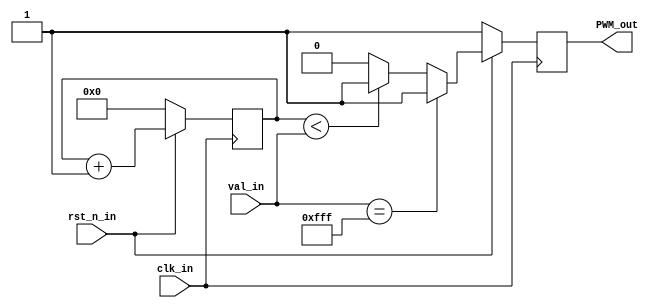
`timescale 1ns / 1ps
//////////////////////////////////////////////////////////////////////////////////
// Company: 
// Engineer: 
// 
// Design Name: 
// Module Name: PWM
// Project Name: 
// Target Devices: 
// Tool Versions: 
// Description: 
// 
// Dependencies: 
// 
// Revision:
// Revision 0.01 - File Created
// Additional Comments:
// 
//////////////////////////////////////////////////////////////////////////////////


module PWM(
    input clk_in,
    input rst_n_in,
    input [11:0] val_in,
    output reg PWM_out
    );
    
    reg [11:0] counter = 0;

    
    always@ (posedge clk_in)
    begin
        if (rst_n_in == 1'b0)
        begin
            PWM_out = 1'b1;
            counter = 0;
        end
        else
        begin   
            if(val_in == 12'hFFF)
                PWM_out <= 1; 
            else if ( counter < val_in )
                PWM_out <= 1;
            else
                PWM_out <= 0;
            
             counter <= counter+1;
        end
    end
endmodule